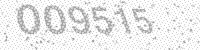
Solution: 009515